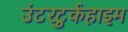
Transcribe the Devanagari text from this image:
उंटरटुर्कहाइम